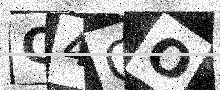
Text: C4OO